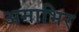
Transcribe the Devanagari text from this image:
अमाभिर